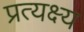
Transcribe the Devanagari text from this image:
प्रत्यक्ष्य